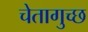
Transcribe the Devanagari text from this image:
चेतागुच्छ